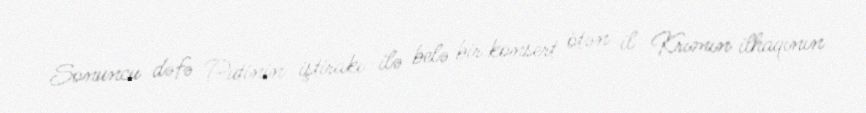
Sonuncu dəfə Putinin iştirakı ilə belə bir konsert ötən il Krımın ilhaqının